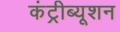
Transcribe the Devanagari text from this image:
कंट्रीब्यूशन